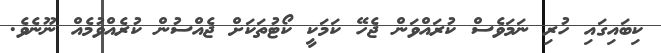
ކިބައިގައި ހުރި ނަމަވެސް ކުރައްވަން ޖެހޭ ކަމަކީ ކޯޓުތަކަށް ޖެއްސުން ކުރެއްވުމެއް ނޫނެވެ.